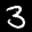
Label: 3